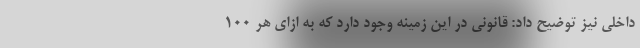
داخلی نیز توضیح داد: قانونی در این زمینه وجود دارد که به ازای هر ۱۰۰